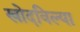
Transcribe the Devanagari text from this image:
खोदविल्या